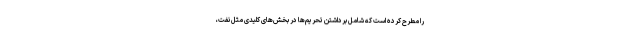
را مطرح کرده است که شامل برداشتن تحریم‌ها در بخش‌های کلیدی مثل نفت،